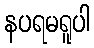
နပရမရူပါ